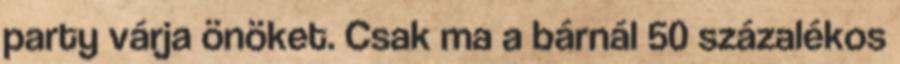
party várja önöket. Csak ma a bárnál 50 százalékos